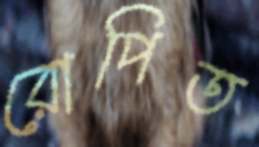
রোপিত